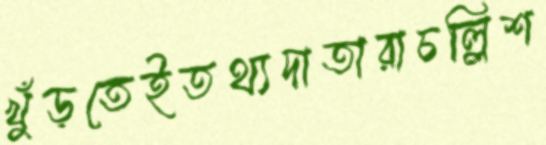
খুঁড়তেইতথ্যদাতারাচল্লিশ